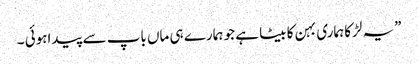
”یہ لڑکا ہماری بہن کا بیٹا ہے جو ہمارے ہی ماں باپ سے پیداہوئی ۔